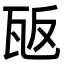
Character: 瓪